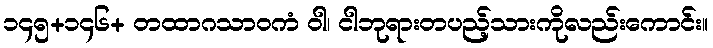
၁၄၅+၁၄၆+ တထာဂသာဝကံ ဝါ၊ ငါဘုရားတပည့်သားကိုလည်းကောင်း။